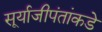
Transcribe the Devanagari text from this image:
सूर्याजीपंतांकडे